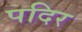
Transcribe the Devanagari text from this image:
पदिर